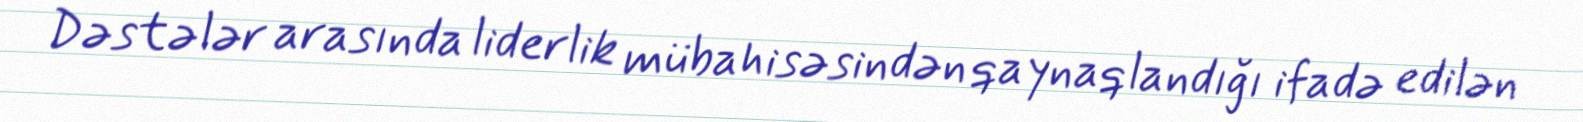
Dəstələr arasında liderlik mübahisəsindən qaynaqlandığı ifadə edilən